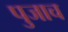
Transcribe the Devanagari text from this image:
पुजाच